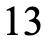
13